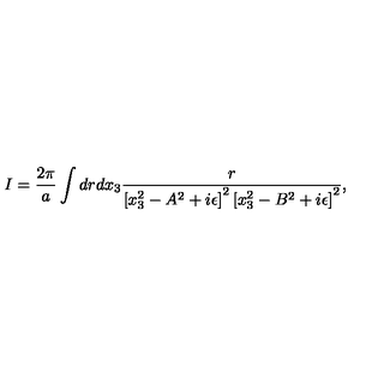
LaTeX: I = { \frac { 2 \pi } { a } } \int { d r d x _ { 3 } { \frac { r } { \left[ x _ { 3 } ^ { 2 } - A ^ { 2 } + i \epsilon \right] ^ { 2 } \left[ x _ { 3 } ^ { 2 } - B ^ { 2 } + i \epsilon \right] ^ { 2 } } } } ,